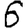
Digit: 6